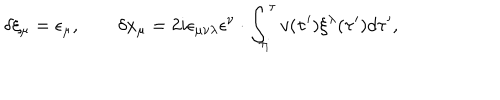
\delta \xi _ { \mu } = \epsilon _ { \mu } , \qquad \delta x _ { \mu } = 2 i \epsilon _ { \mu \nu \lambda } \epsilon ^ { \nu } \cdot \int _ { \tau _ { i } } ^ { \tau } v ( \tau ^ { \prime } ) \xi ^ { \lambda } ( \tau ^ { \prime } ) d \tau ^ { \prime } ,